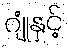
ဂျုံနှင့်